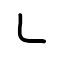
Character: ㇄